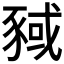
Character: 𬥂